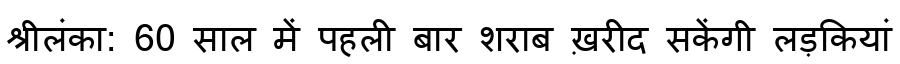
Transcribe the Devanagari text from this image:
श्रीलंका: 60 साल में पहली बार शराब ख़रीद सकेंगी लड़कियां